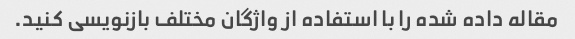
مقاله داده شده را با استفاده از واژگان مختلف بازنویسی کنید.